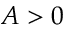
A > 0